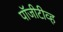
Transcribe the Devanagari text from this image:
पॉजीटीव्ह